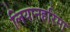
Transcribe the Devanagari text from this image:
लियानहरिमा